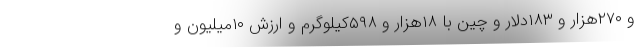
و ۲۷۰هزار و ۱۸۳دلار و چین با ۱۸هزار و ۵۹۸کیلوگرم و ارزش ۱۰میلیون و